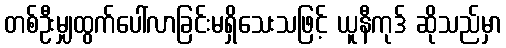
တစ်ဦးမျှထွက်ပေါ်လာခြင်းမရှိသေးသဖြင့် ယူနီကုဒ် ဆိုသည်မှာ